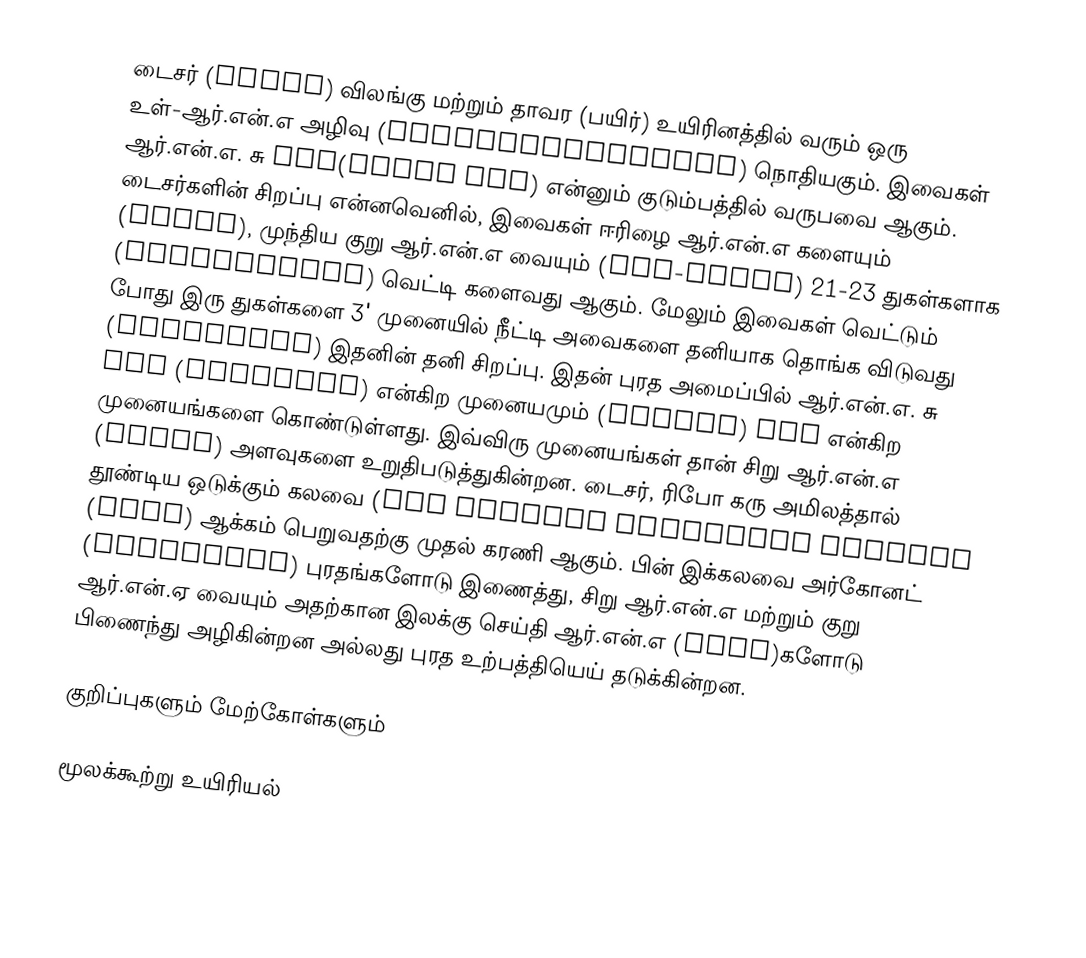
டைசர் (Dicer) விலங்கு மற்றும் தாவர (பயிர்) உயிரினத்தில் வரும் ஒரு உள்-ஆர்.என்.எ அழிவு (endoribonuclease) நொதியகும். இவைகள் ஆர்.என்.எ. சு III(RNAse III) என்னும் குடும்பத்தில் வருபவை ஆகும். டைசர்களின் சிறப்பு என்னவெனில், இவைகள் ஈரிழை ஆர்.என்.எ களையும் (dsRNA), முந்திய குறு ஆர்.என்.எ வையும் (pre-miRNA) 21-23 துகள்களாக (nucleotides) வெட்டி களைவது ஆகும். மேலும் இவைகள் வெட்டும் போது இரு துகள்களை 3' முனையில் நீட்டி அவைகளை தனியாக தொங்க விடுவது  (overhangs) இதனின்  தனி சிறப்பு. இதன் புரத அமைப்பில் ஆர்.என்.எ. சு III (RNAseIII) என்கிற முனையமும் (domain) PAZ என்கிற முனையங்களை கொண்டுள்ளது. இவ்விரு முனையங்கள் தான் சிறு ஆர்.என்.எ (siRNA) அளவுகளை  உறுதிபடுத்துகின்றன. டைசர்,  ரிபோ கரு அமிலத்தால் தூண்டிய ஒடுக்கும் கலவை (RNA induced silencing complex (RISC) ஆக்கம் பெறுவதற்கு முதல் கரணி ஆகும். பின் இக்கலவை அர்கோனட் (argonaute) புரதங்களோடு இணைத்து, சிறு ஆர்.என்.எ மற்றும் குறு ஆர்.என்.ஏ வையும் அதற்கான இலக்கு செய்தி ஆர்.என்.எ (mRNA)களோடு பிணைந்து அழிகின்றன அல்லது புரத உற்பத்தியெய் தடுக்கின்றன.

குறிப்புகளும் மேற்கோள்களும்

மூலக்கூற்று உயிரியல்